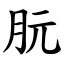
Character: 朊